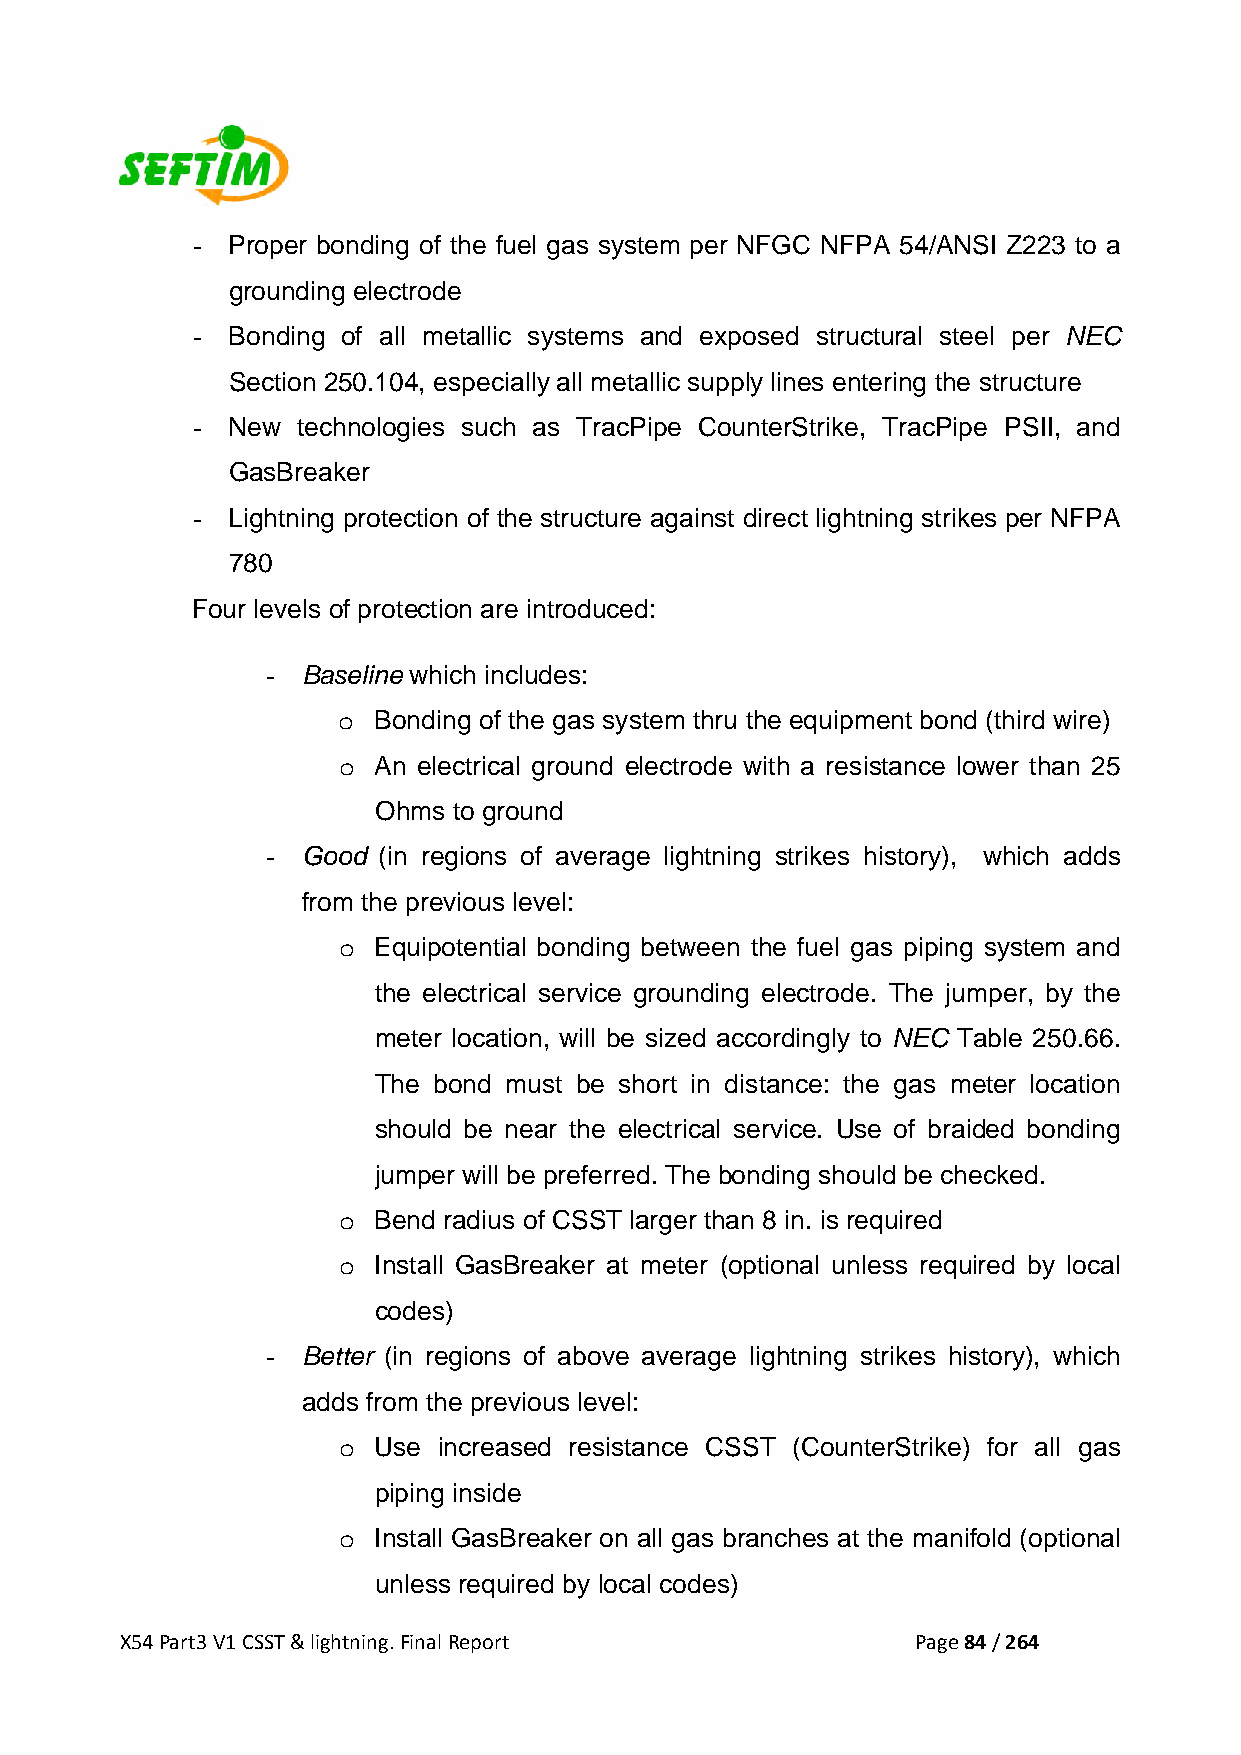
- Proper bonding of the fuel gas system per NFGC NFPA 54/ANSI Z223 to a
 grounding electrode
 - Bonding of all metallic systems and exposed structural steel per NEC
 Section 250.104, especially all metallic supply lines entering the structure
 - New  technologies such as TracPipe CounterStrike, TracPipe PSII, and
 GasBreaker
 - Lightning protection of the structure against direct lightning strikes per NFPA
 780
 Four levels of protection are introduced:
 - Baseline which includes:
 o  Bonding of the gas system thru the equipment bond (third wire)
 o  An electrical ground electrode with a resistance lower than 25
 Ohms to ground
 - Good (in regions of average lightning strikes history), which adds
 from the previous level:
 o  Equipotential bonding between the fuel gas piping system and
 the electrical service grounding electrode. The jumper, by the
 meter location, will be sized accordingly to NEC Table 250.66.
 The bond must be short in distance: the gas meter location
 should be near the electrical service. Use of braided bonding
 jumper will be preferred. The bonding should be checked.
 o  Bend radius of CSST larger than 8 in. is required
 o  Install GasBreaker at meter (optional unless required by local
 codes)
 - Better (in regions of above average lightning strikes history), which
 adds from the previous level:
 o  Use increased resistance CSST (CounterStrike) for all gas
 piping inside
 o  Install GasBreaker on all gas branches at the manifold (optional
 unless required by local codes)
 X54 Part3 V1 CSST & lightning. Final Report          Page 84 / 264